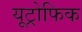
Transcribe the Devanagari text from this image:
यूट्रोफिक